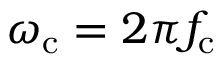
\omega _ { \mathrm { c } } = 2 \pi f _ { \mathrm { c } }